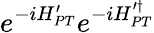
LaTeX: e^{-iH_{PT}^{\prime}}e^{-iH_{PT}^{\prime\dagger}}